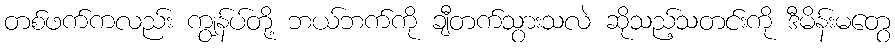
တစ်ဖက်ကလည်း ကျွန်ပ်တို့ ဘယ်ဘက်ကို ချီတက်သွားသလဲ ဆိုသည့်သတင်းကို ဒီမိန်းမတွေ